Lunatic asylums Burma 1907-21 - 1907-1921
Year: 1907
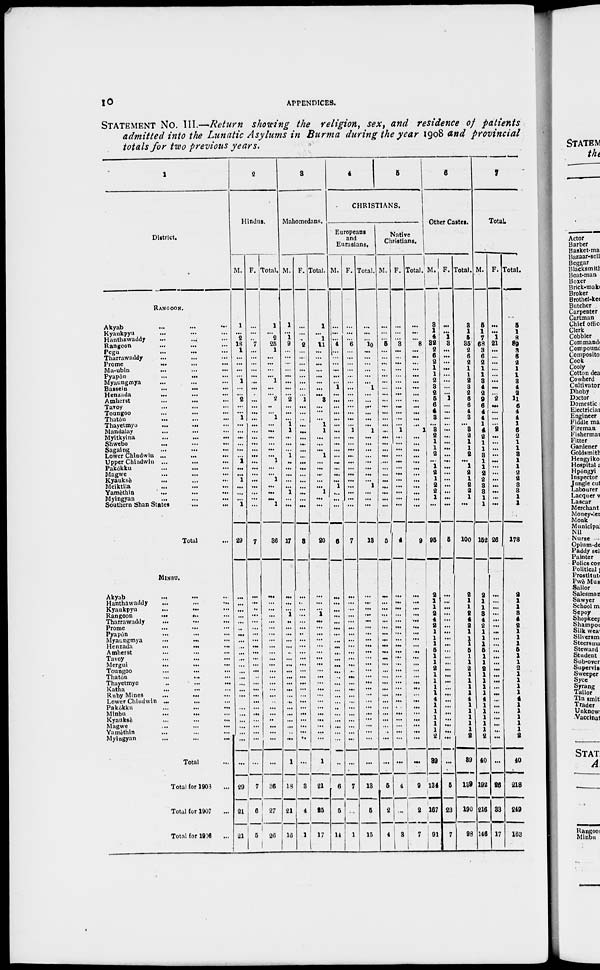
10
APPENDICES.
STATEMENT No. III.—Return showing the religion, sex, and residence of patients
admitted into the Lunatic Asylums in Burma during the year 1908 and provincial
totals for two previous years.
1
District.
RANGOON.
Akyab ... ... ...
Kyaukpyu ... ... ...
Hanthawaddy ... ... ...
Rangoon ... ... ...
Pegu ... ... ...
Tharrawaddy ... ... ...
Prome
...
...
...
Ma-ubin ... ... ...
Pyapôn
...
... ...
Myaungmya ... ... ...
Bassein
...
... ...
Henzada
... ... ...
Amherst ... ... ...
Tavoy ... ... ...
Toungoo ... ... ...
Thatôn ... ... ...
Thayetmyo ... ... ...
Mandalay ... ... ...
Myitkyina ... ... ...
Shwebo ... ... ...
Sagaing ... ... ...
Lower Chindwin ...
...
...
Upper Chiadwin ... ... ...
Pakôkku ... ... ...
Magwe ... ... ...
Kyauksè ... ... ...
Meiktila ... ... ...
Yamèthin ... ... ...
Myingyan ... ... ...
Southern Shan States ... ...
Total ...
MINBU.
Akyab ... ... ...
Hanthawaddy ... ... ...
Kyaukpyu ... ... ...
Rangoon
...
... ...
Tharrawaddy ... ... ...
Prome ... ... ...
Pyapôn ... ... ...
Myaungmya
...
... ...
Henzada
...
... ...
Amherst ... ... ...
Tavoy ... ... ...
Mergui
... ... ...
Toungoo ... ... ...
Thaton ... ... ...
Thayetmyo ... ... ...
Katha ... ... ...
Ruby Mines ... ... ...
Lower Chindwin ... ... ...
Pakôkku ... ... ...
Minbu
...
... ...
Kyauksè ... ... ...
Magwe ... ... ...
Yamèthin ... ... ...
Myingyan ... ... ...
Total ...
Total for 1908 ...
Total for 1907 ...
Total for 1906 ...
2
Hindus.
M.
1
...
2
18
1
...
...
...
...
1
...
...
2
...
...
1
...
...
...
...
...
...
1
...
...
1
...
...
...
1
29
...
...
...
...
...
...
...
...
...
...
...
...
...
...
...
...
...
...
...
...
...
...
...
...
...
29
21
21
F.
...
...
...
7
...
...
...
...
...
...
...
...
...
...
...
...
...
...
...
...
...
...
...
...
...
...
...
...
...
...
7
...
...
...
...
...
...
...
...
...
...
...
...
...
...
...
...
...
...
...
...
...
...
...
...
...
7
6
5
Total.
1
...
2
25
1
...
...
...
...
1
...
...
2
...
...
1
...
...
...
...
...
...
1
...
...
1
...
...
...
1
36
...
...
...
...
...
...
...
...
...
...
...
...
...
...
...
...
...
...
...
...
...
...
...
...
...
36
27
26
3
Mahomedans.
M.
1
...
1
9
...
...
...
...
...
...
...
...
2
...
...
...
1
1
...
...
...
1
...
...
...
...
...
1
...
...
17
...
...
...
1
...
...
...
...
...
...
...
...
...
...
...
...
...
...
...
...
...
...
...
...
1
18
21
16
F.
...
...
...
2
...
...
...
...
...
...
...
...
1
...
...
...
...
...
...
...
...
...
...
...
...
...
...
...
...
...
3
...
...
...
...
...
...
...
...
...
...
...
...
...
...
...
...
...
...
...
...
...
...
...
...
...
3
4
1
Total.
1
...
1
11
...
...
...
...
...
...
...
...
3
...
...
...
1
1
...
...
...
1
...
...
...
...
...
1
...
...
20
...
...
...
1
...
...
...
...
...
...
...
...
...
...
...
...
...
...
...
...
...
...
...
...
1
21
25
17
4
5
CHRISTIANS.
Europeans
and
Eurasians.
M.
...
...
...
4
...
...
...
...
...
...
1
...
...
...
...
...
...
...
...
...
...
...
...
...
...
...
1
...
...
...
6
...
...
...
...
...
...
...
...
...
...
...
...
...
...
...
...
...
...
...
...
...
...
...
...
...
6
5
14
F.
...
...
...
6
...
...
...
...
...
...
...
...
...
...
...
...
...
1
...
...
...
...
...
...
...
...
...
...
...
...
7
...
...
...
...
...
...
...
...
...
...
...
...
...
...
...
...
...
...
...
...
...
...
...
...
...
7
...
1
Total.
...
...
...
10
...
...
...
...
...
...
1
...
...
...
...
...
...
1
...
...
...
...
...
...
...
...
1
...
...
...
13
...
...
...
...
...
...
...
...
...
...
...
...
...
...
...
...
...
...
...
...
...
...
...
...
...
13
5
15
Native
Christians.
M.
...
...
...
5
...
...
...
...
...
...
...
...
...
...
...
...
...
...
...
...
...
...
...
...
...
...
...
...
...
...
5
...
...
...
...
...
...
...
...
...
...
...
...
...
...
...
...
...
...
...
...
...
...
...
...
...
5
2
4
F.
...
...
...
3
...
...
...
...
...
...
...
...
...
...
...
...
...
1
...
...
...
...
...
...
...
...
...
...
...
...
4
...
...
...
...
...
...
...
...
...
...
...
...
...
...
...
...
...
...
...
...
...
...
...
...
...
4
...
3
Total.
...
...
...
8
...
...
...
...
...
...
...
...
...
...
...
...
...
1
...
...
...
...
...
...
...
...
...
...
...
...
9
...
...
...
...
...
...
...
...
...
...
...
...
...
...
...
...
...
...
...
...
...
...
...
...
...
9
2
7
6
Other Castes.
M.
3
1
4
32
2
6
2
1
1
2
3
2
5
6
4
3
...
3
2 1
1
2
...
1
2
1
2
2
1
...
95
2
1
1
2
4
2
1
1
1
5
1
1
2
1
1
1
1
4
1
1
1
1
1
2
39
134
167
91
F.
...
...
1
3
...
...
...
...
...
...
...
...
1
...
...
...
...
...
...
...
...
...
...
...
...
...
...
...
...
...
5
...
...
...
...
...
...
...
...
...
...
...
...
...
...
...
...
...
...
...
...
...
...
...
...
...
5
23
7
Total.
3
1
5
35
2
6
2
1
1
2
3
2
6
6
4
3
...
3
2
1
1
2
...
1
2
1
2
2
1
...
100
2
1
1
2
4
2
1
1
1
5
1
1
2
1
1
1
1
4
1
1 1
1
1
2
39
139
190
98
7
Total.
M.
5
1
7
68
3
6
2
1
1
3
4
2
9
6
4
4
1
4
2
1
1
3
1
1
2
2
3
3
1
1
152
2
1
1
3
4
2
1
1
1
5
1
1
2
1
1
1
1
4
1
1
1
1
1
2
40
192
216
146
F.
...
...
1
21
...
...
...
...
...
...
...
...
2
...
...
...
...
2
...
...
...
...
...
...
...
...
...
...
...
...
26
...
...
...
...
...
...
...
...
...
...
...
...
...
...
...
...
...
...
...
...
...
...
...
...
...
26
33
17
Total.
5
1
8
89
3
6
2
1
1
3
4
2
11
6
4
4
1
6
2
1
1
3
1
1
2
2
3
3
1
1
178
2
1
1
3
4
2
1
1
1
5
1
1
2
1
1
1
1
4
1
1
1
1
1
2
40
218
249
163